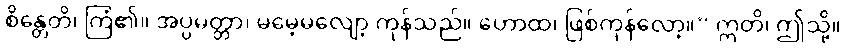
စိန္တေတိ၊ ကြံ၏။ အပ္ပမတ္တာ၊ မမေ့မလျော့ ကုန်သည်။ ဟောထ၊ ဖြစ်ကုန်လော့။” ဣတိ၊ ဤသို့။